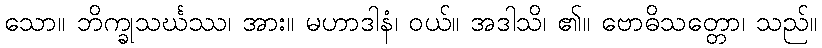
သော။ ဘိက္ခုသင်္ဃဿ၊ အား။ မဟာဒါနံ၊ ဝယ်။ အဒါသိ၊ ၏။ ဗောဓိသတ္တော၊ သည်။